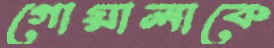
গোয়ালাকে